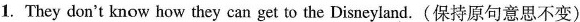
1.They don't know how they can get to the Disneyland.(保持原句意思不变)